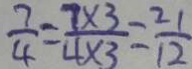
\frac { 7 } { 4 } = \frac { 7 \times 3 } { 4 \times 3 } = \frac { 2 1 } { 1 2 }